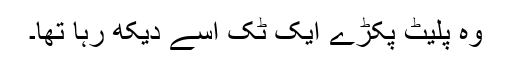
وہ پلیٹ پکڑے ایک ٹک اسے دیکھ رہا تھا۔